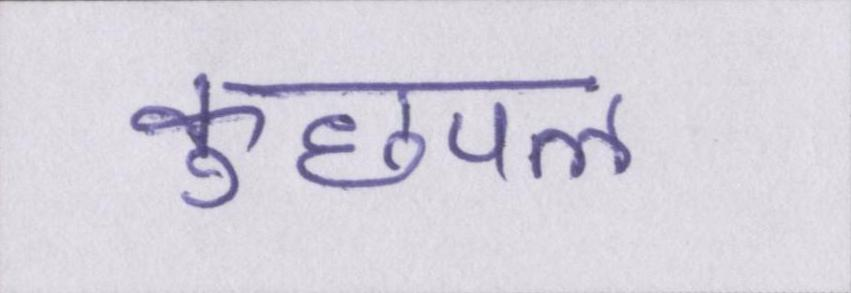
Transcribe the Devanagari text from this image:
कुछपल